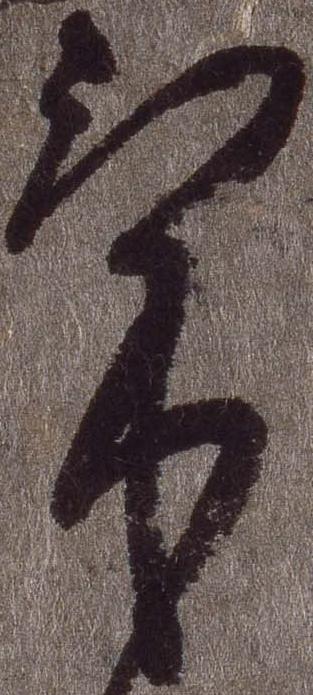
気